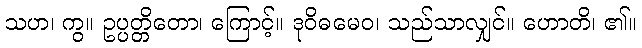
သဟ၊ ကွ။ ဥပ္ပတ္တိတော၊ ကြောင့်။ ဒုဝိဓမေဝ၊ သည်သာလျှင်။ ဟောတိ၊ ၏။